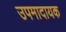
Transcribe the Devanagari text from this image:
उपमादायक